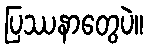
ပြဿနာတွေပဲ။